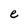
Character: e